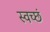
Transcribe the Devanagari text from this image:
स्वच्छं